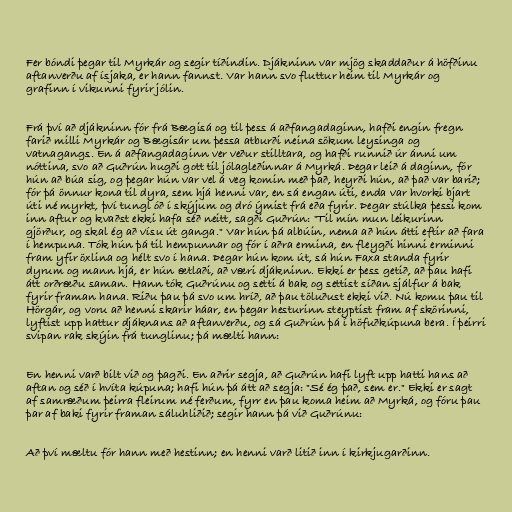
Fer bóndi þegar til Myrkár og segir tíðindin. Djákninn var mjög skaddaður á höfðinu
aftanverðu af ísjaka, er hann fannst. Var hann svo fluttur heim til Myrkár og
grafinn í vikunni fyrir jólin.

Frá því að djákninn fór frá Bægisá og til þess á aðfangadaginn, hafði engin fregn
farið milli Myrkár og Bægisár um þessa atburði neina sökum leysinga og
vatnagangs. En á aðfangadaginn ver veður stilltara, og hafði runnið úr ánni um
nóttina, svo að Guðrún hugði gott til jólagleðinnar á Myrká. Þegar leið á daginn, fór
hún að búa sig, og þegar hún var vel á veg komin með það, heyrði hún, að það var barið;
fór þá önnur kona til dyra, sem hjá henni var, en sá engan úti, enda var hvorki bjart
úti né myrkt, því tungl óð í skýjum og dró ýmist frá eða fyrir. Þegar stúlka þessi kom
inn aftur og kvaðst ekki hafa séð neitt, sagði Guðrún: "Til mín mun leikurinn
gjörður, og skal ég að vísu út ganga." Var hún þá albúin, nema að hún átti eftir að fara
í hempuna. Tók hún þá til hempunnar og fór í aðra ermina, en fleygði hinni erminni
fram yfir öxlina og hélt svo í hana. Þegar hún kom út, sá hún Faxa standa fyrir
dyrum og mann hjá, er hún ætlaði, að væri djákninn. Ekki er þess getið, að þau hafi
átt orðræðu saman. Hann tók Guðrúnu og setti á bak og settist síðan sjálfur á bak
fyrir framan hana. Riðu þau þá svo um hríð, að þau töluðust ekki við. Nú komu þau til
Hörgár, og voru að henni skarir háar, en þegar hesturinn steyptist fram af skörinni,
lyftist upp hattur djáknans að aftanverðu, og sá Guðrún þá í höfuðkúpuna bera. Í þeirri
svipan rak skýin frá tunglinu; þá mælti hann:

En henni varð bilt við og þagði. En aðrir segja, að Guðrún hafi lyft upp hatti hans að
aftan og séð í hvíta kúpuna; hafi hún þá átt að segja: "Sé ég það, sem er." Ekki er sagt
af samræðum þeirra fleirum né ferðum, fyrr en þau koma heim að Myrká, og fóru þau
þar af baki fyrir framan sáluhliðið; segir hann þá við Guðrúnu:

Að því mæltu fór hann með hestinn; en henni varð litið inn í kirkjugarðinn.